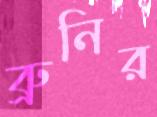
ব্রুনির